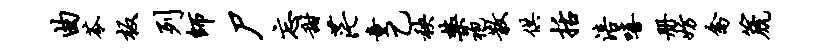
曲苓板列师尸忘甜茫童乙秧禁袍散供括涪嘻册妨禽篪